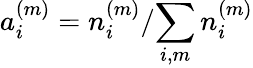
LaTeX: a_{i}^{(m)}={n_{i}^{(m)}}/{\sum_{i,m}n_{i}^{(m)}}